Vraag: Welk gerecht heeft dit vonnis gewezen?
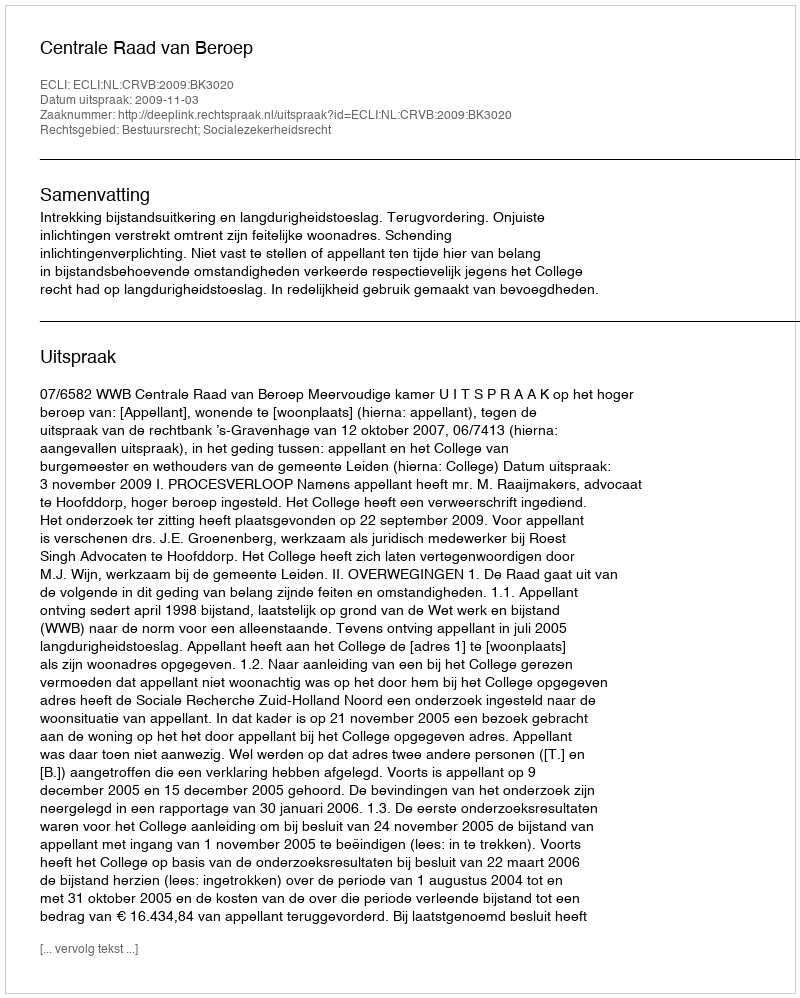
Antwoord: Centrale Raad van Beroep